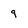
Character: 9